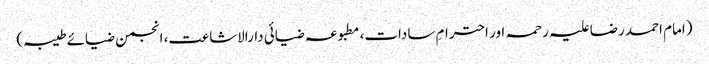
(امام احمد رضا علیہ رحمہ اور احترامِ سادات، مطبوعہ ضیائی دارالاشاعت، انجمن ضیائے طیبہ)